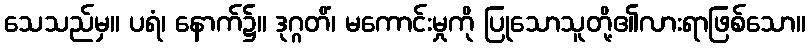
သေသည်မှ။ ပရံ၊ နောက်၌။ ဒုဂ္ဂတိံ၊ မကောင်းမှုကို ပြုသောသူတို့၏လားရာဖြစ်သော။